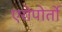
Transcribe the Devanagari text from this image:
एरोपोर्तो